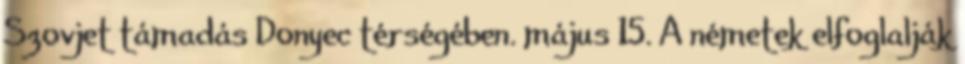
Szovjet támadás Donyec térségében. május 15. A németek elfoglalják